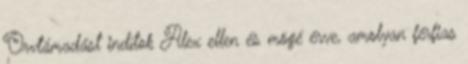
Orvtámadást indítok Alex ellen és mögé érve, amolyan férfias